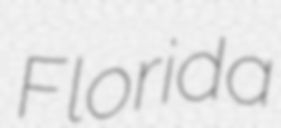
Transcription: Florida